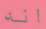
انه